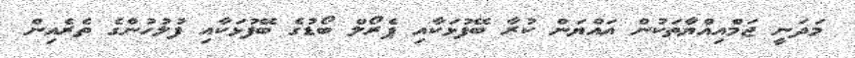
މަދަނީ ޖަމްއިއްޔާތަކުން އައްޔަން ކުރާ ބޭފުޅަކާއި ޕެރޯލް ބޯޑުގެ ބޭފުޅަކާއި ފުލުހުންގެ ތެރެއިން